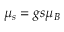
\mu _ { s } = g s \mu _ { B }